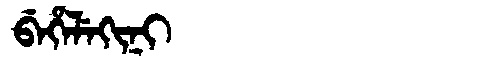
Manchu: ᠪᡝᡥᡝᠯᡝᡴᡳᠨᡳ
Romanization: BEHELEKINI